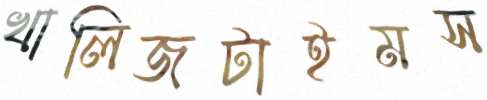
খালিজটাইমস